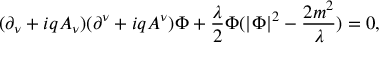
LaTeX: ( \partial _ { \nu } + i q A _ { \nu } ) ( \partial ^ { \nu } + i q A ^ { \nu } ) \Phi + \frac { \lambda } { 2 } \Phi ( | \Phi | ^ { 2 } - \frac { 2 m ^ { 2 } } { \lambda } ) = 0 ,